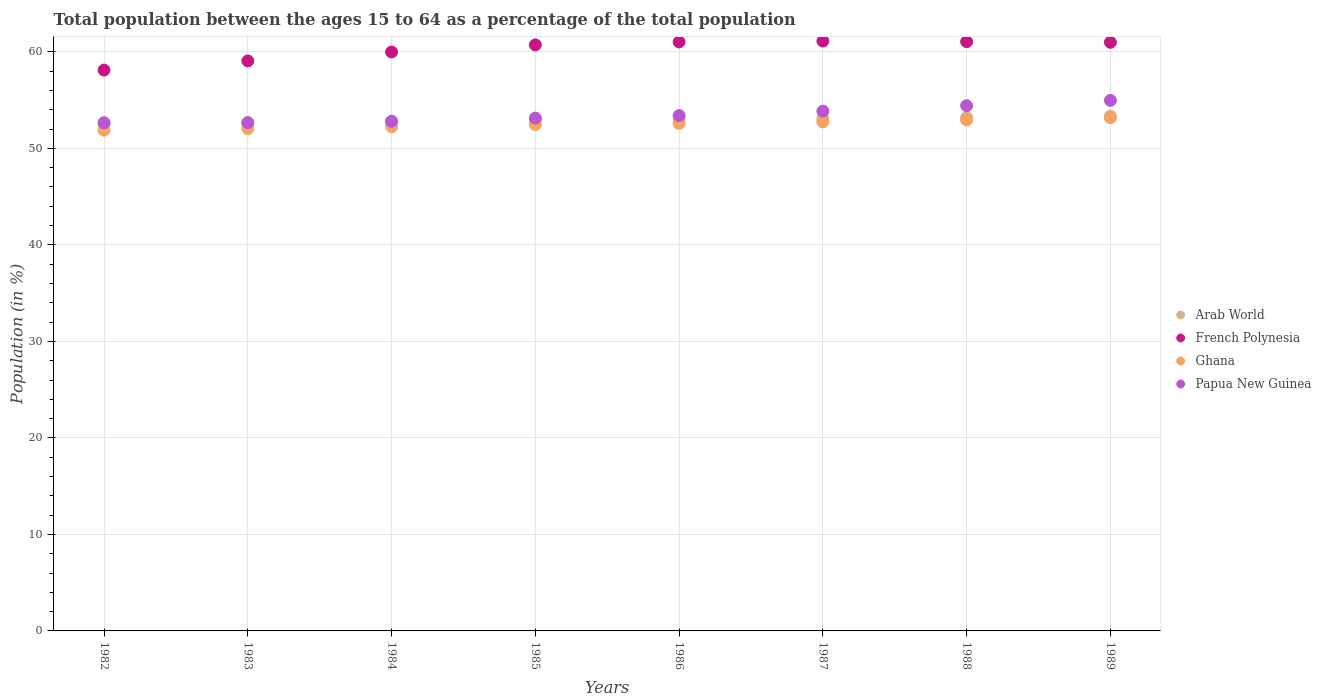
| Years | Arab World | French Polynesia | Ghana | Papua New Guinea |
 | --- | --- | --- | --- | --- |
 | 1982 | 52.5 | 58.1 | 51.9 | 52.7 |
 | 1983 | 52.7 | 59.1 | 52.1 | 52.7 |
 | 1984 | 52.8 | 60 | 52.2 | 52.8 |
 | 1985 | 53 | 60.7 | 52.5 | 53.1 |
 | 1986 | 53 | 61 | 52.6 | 53.4 |
 | 1987 | 53.1 | 61.1 | 52.7 | 53.9 |
 | 1988 | 53.2 | 61.1 | 52.9 | 54.4 |
 | 1989 | 53.3 | 61 | 53.2 | 55 |